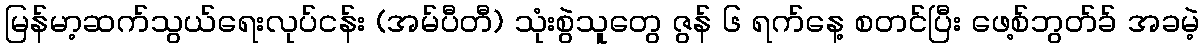
မြန်မာ့ဆက်သွယ်ရေးလုပ်ငန်း (အမ်ပီတီ) သုံးစွဲသူတွေ ဇွန် ၆ ရက်နေ့ စတင်ပြီး ဖေ့စ်ဘွတ်ခ် အခမဲ့